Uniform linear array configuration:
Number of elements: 12
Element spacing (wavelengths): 0.75
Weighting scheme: hann
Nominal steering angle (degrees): -30
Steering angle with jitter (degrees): -28.482
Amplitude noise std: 0.05
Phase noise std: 0.05

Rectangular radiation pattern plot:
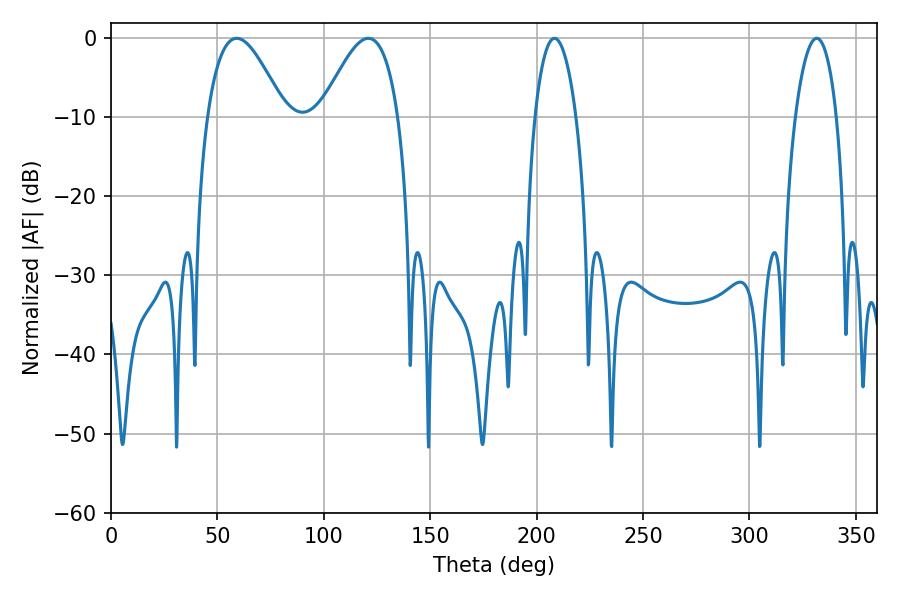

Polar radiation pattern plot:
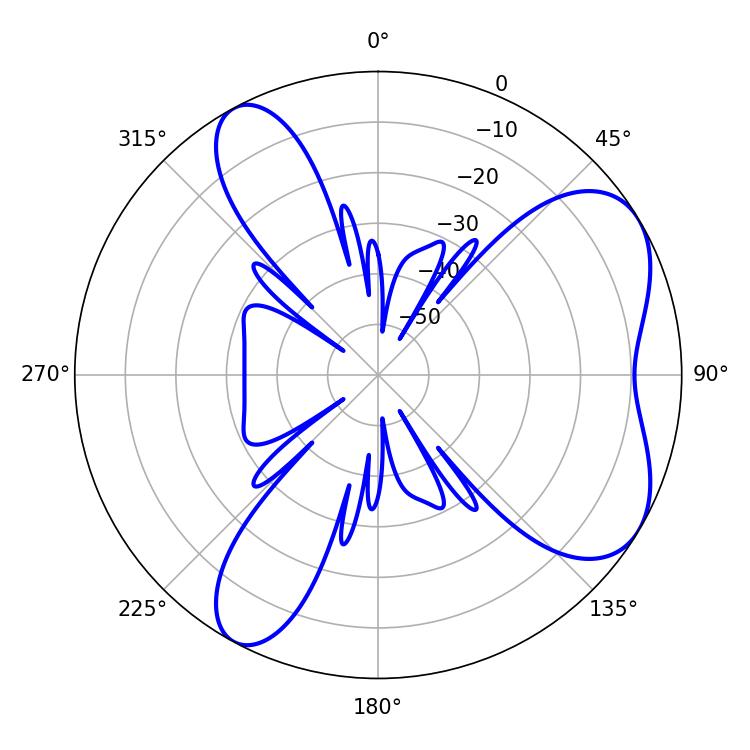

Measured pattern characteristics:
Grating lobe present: TRUE
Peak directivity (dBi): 6.179
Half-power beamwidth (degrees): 19.62
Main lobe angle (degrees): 59.04